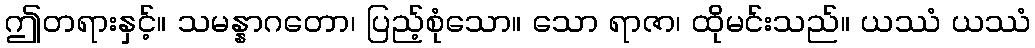
ဤတရားနှင့်။ သမန္နာဂတော၊ ပြည့်စုံသော။ သော ရာဇာ၊ ထိုမင်းသည်။ ယဿံ ယဿံ